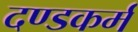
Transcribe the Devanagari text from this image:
दण्डकर्म